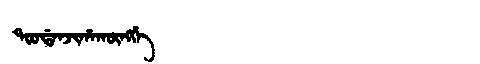
Manchu: ᡨᠣᠣᡩᠠᠨᠵᡳᡥᠠᡴᡡᠩᡤᡝ
Romanization: TOODANJIHAKŪNGGE